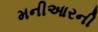
મનીઆરની